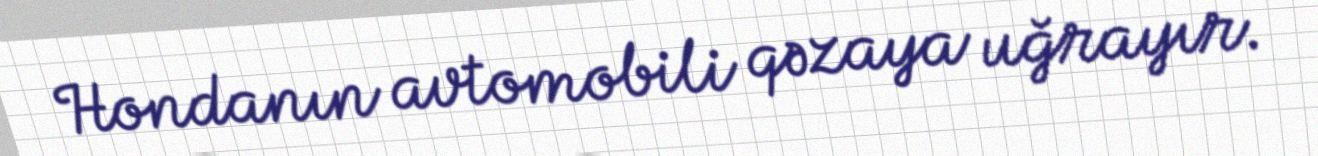
Hondanın avtomobili qəzaya uğrayır.